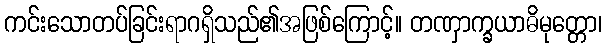
ကင်းသောတပ်ခြင်းရာဂရှိသည်၏အဖြစ်ကြောင့်။ တဏှာက္ခယာဓိမုတ္တော၊